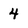
Character: 4